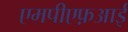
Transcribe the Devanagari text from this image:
एमपीएफ़आई